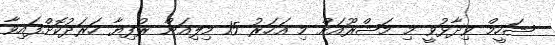
ޝަހީމް ވިދާޅުވީ މި މަޝްރޫއަށް މި އަހަރު 15 މިލިއަން ރުފިޔާ ހަރަދުކޮށްފައިވާ